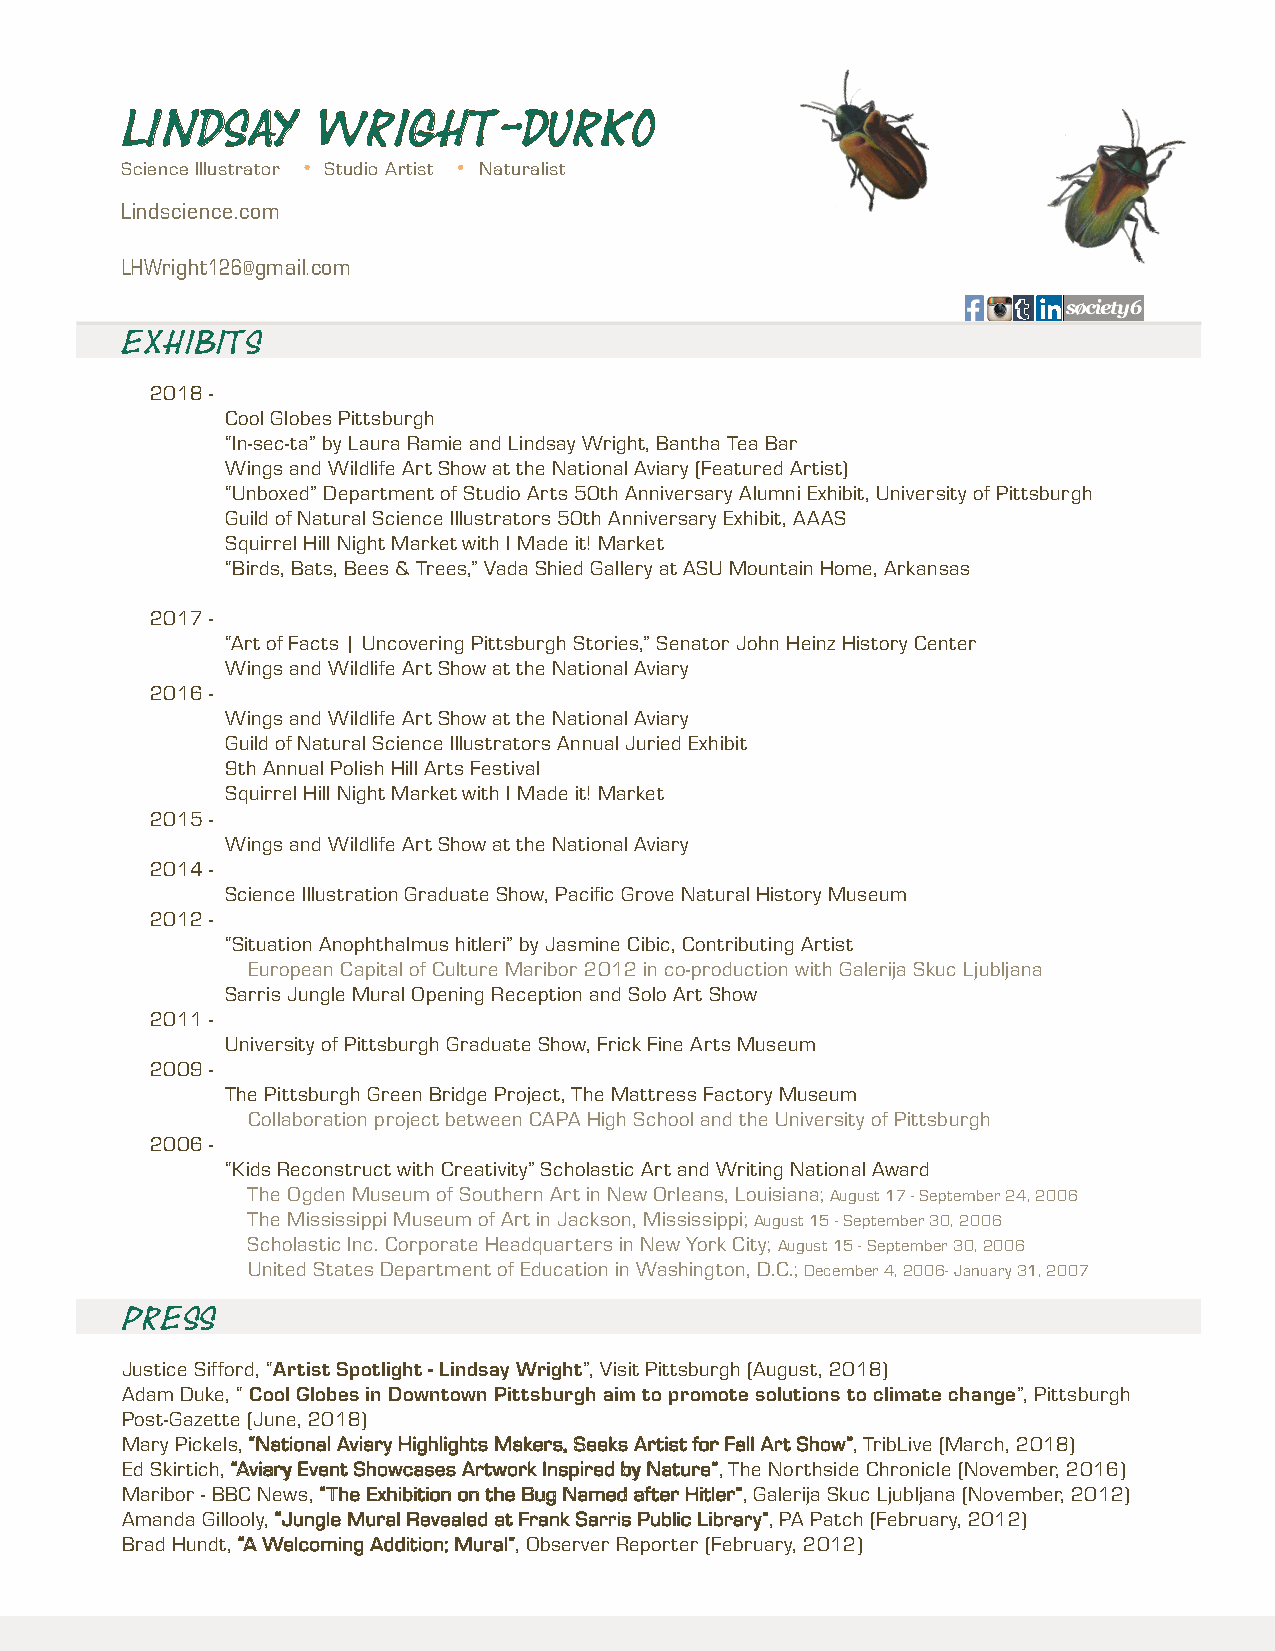
Lindsay      Wright-Durko
 Science Illustrator Studio Artist Naturalist
 Lindscience.com
 LHWright126@gmail.com
 Exhibits
 2018 -
 Cool Globes Pittsburgh
 “In-sec-ta” by Laura Ramie and Lindsay Wright, Bantha Tea Bar
 Wings and Wildlife Art Show at the National Aviary (Featured Artist)
 “Unboxed” Department of Studio Arts 50th Anniversary Alumni Exhibit, University of Pittsburgh
 Guild of Natural Science Illustrators 50th Anniversary Exhibit, AAAS
 Squirrel Hill Night Market with I Made it! Market
 “Birds, Bats, Bees & Trees,” Vada Shied Gallery at ASU Mountain Home, Arkansas
 2017 -
 “Art of Facts | Uncovering Pittsburgh Stories,” Senator John Heinz History Center
 Wings and Wildlife Art Show at the National Aviary
 2016 -
 Wings and Wildlife Art Show at the National Aviary
 Guild of Natural Science Illustrators Annual Juried Exhibit
 9th Annual Polish Hill Arts Festival
 Squirrel Hill Night Market with I Made it! Market
 2015 -
 Wings and Wildlife Art Show at the National Aviary
 2014 -
 Science Illustration Graduate Show, Pacific Grove Natural History Museum
 2012 -
 “Situation Anophthalmus hitleri” by Jasmine Cibic, Contributing Artist
 European Capital of Culture Maribor 2012 in co-production with Galerija Skuc Ljubljana
 Sarris Jungle Mural Opening Reception and Solo Art Show
 2011 -
 University of Pittsburgh Graduate Show, Frick Fine Arts Museum
 2009 -
 The Pittsburgh Green Bridge Project, The Mattress Factory Museum
 Collaboration project between CAPA High School and the University of Pittsburgh
 2006 -
 “Kids Reconstruct with Creativity” Scholastic Art and Writing National Award
 The Ogden Museum of Southern Art in New Orleans, Louisiana; August 17 - September 24, 2006
 The Mississippi Museum of Art in Jackson, Mississippi; August 15 - September 30, 2006
 Scholastic Inc. Corporate Headquarters in New York City; August 15 - September 30, 2006
 United States Department of Education in Washington, D.C.; December 4, 2006- January 31, 2007
 Press
 Justice Sifford, “Artist Spotlight - Lindsay Wright”, Visit Pittsburgh (August, 2018)
 Adam Duke, “ Cool Globes in Downtown Pittsburgh aim to promote solutions to climate change”, Pittsburgh
 Post-Gazette (June, 2018)
 Mary Pickels, “National Aviary Highlights Makers, Seeks Artist for Fall Art Show”, TribLive (March, 2018)
 Ed Skirtich, “Aviary Event Showcases Artwork Inspired by Nature”, The Northside Chronicle (November, 2016)
 Maribor - BBC News, “The Exhibition on the Bug Named after Hitler”, Galerija Skuc Ljubljana (November, 2012)
 Amanda Gillooly, “Jungle Mural Revealed at Frank Sarris Public Library”, PA Patch (February, 2012)
 Brad Hundt, “A Welcoming Addition; Mural”, Observer Reporter (February, 2012)